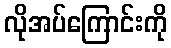
လိုအပ်ကြောင်းကို